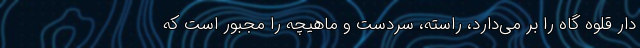
دار قلوه گاه را بر می‌دارد، راسته، سردست و ماهیچه را مجبور است که